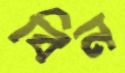
বিন